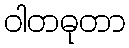
ဝါတဓုတာ